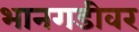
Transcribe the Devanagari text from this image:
भानगडीवर